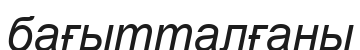
бағытталғаны